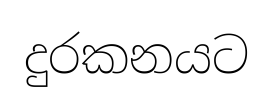
දුරකනයට